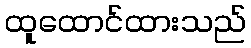
ထူထောင်ထားသည်